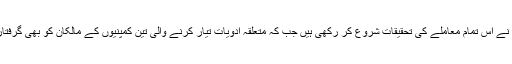
صوبائی حکومت نے اس تمام معاملے کی تحقیقات شروع کر رکھی ہیں جب کہ متعلقہ ادویات تیار کرنے والی تین کمپنیوں کے مالکان کو بھی گرفتار کی جا چکا ہے۔